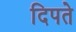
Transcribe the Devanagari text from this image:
दिपते